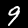
Digit: 9